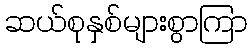
ဆယ်စုနှစ်များစွာကြာ